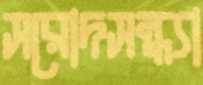
সরোদসন্ধ্যা